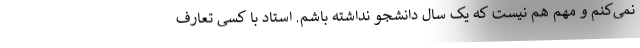
نمی‌کنم و مهم هم نیست که یک سال دانشجو نداشته باشم. استاد با کسی تعارف